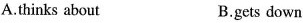
A.thinks about B.gets down